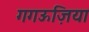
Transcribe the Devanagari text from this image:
गगऊज़िया